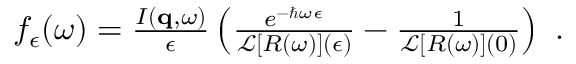
\begin{array} { r } { f _ { \epsilon } ( \omega ) = \frac { I ( \mathbf { q } , \omega ) } { \epsilon } \left( \frac { e ^ { - \hbar \omega \epsilon } } { \mathcal { L } \left[ R ( \omega ) \right] ( \epsilon ) } - \frac { 1 } { \mathcal { L } \left[ R ( \omega ) \right] ( 0 ) } \right) \ . } \end{array}